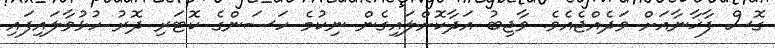
ގޮސް ފާޚާނާއަށް ވަދެއްޖެއެވެ. ވާޖިބު އަދާކޮށްލައިގެން ނިކުމެ ހަސަންގެ ކޮޓަރި ދޮރު ހުޅުވާލައިފައި